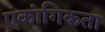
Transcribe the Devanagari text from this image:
एकांगिकता